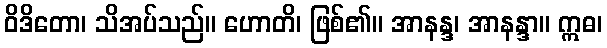
ဝိဒိတော၊ သိအပ်သည်။ ဟောတိ၊ ဖြစ်၏။ အာနန္ဒ၊ အာနန္ဒာ။ ဣဓ၊